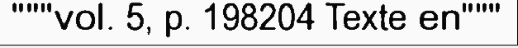
"""vol. 5, p. 198204 Texte en"""